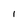
Character: I